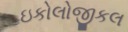
ઇકોલોજીકલ